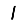
Digit: 1